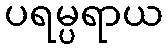
ပရမ္ပရာယ